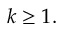
k \geq 1 .